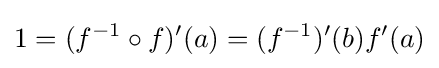
1=(f^{-1}\circ f)'(a)=(f^{-1})'(b)f'(a)